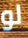
لو